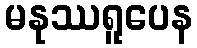
မနုဿရူပေန